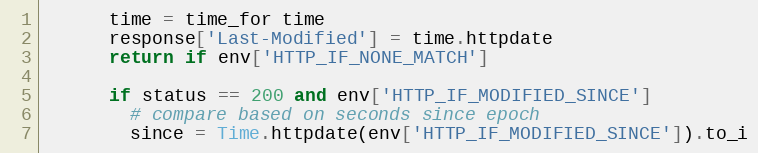
Language: Ruby
      time = time_for time
      response['Last-Modified'] = time.httpdate
      return if env['HTTP_IF_NONE_MATCH']

      if status == 200 and env['HTTP_IF_MODIFIED_SINCE']
        # compare based on seconds since epoch
        since = Time.httpdate(env['HTTP_IF_MODIFIED_SINCE']).to_i